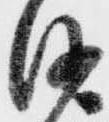
沙